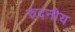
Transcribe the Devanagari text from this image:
रुदनीय